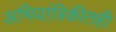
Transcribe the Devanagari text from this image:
अभियांत्रिकीतही